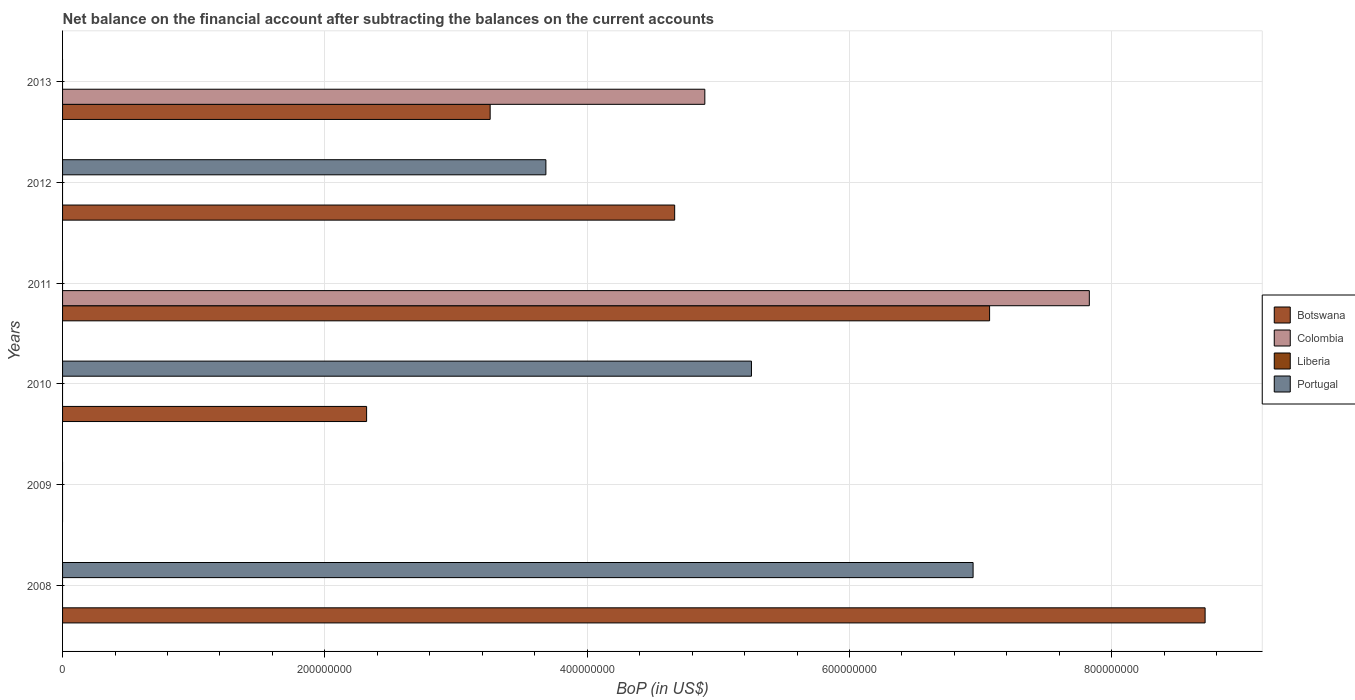
| Years | Botswana | Colombia | Liberia | Portugal |
 | --- | --- | --- | --- | --- |
 | 2008 | 8.71e+08 | -4.71e+08 | -4.27e+07 | 6.94e+08 |
 | 2009 | -5.59e+08 | -4.15e+08 | -2.88e+08 | -1.9e+08 |
 | 2010 | 2.32e+08 | -6.25e+08 | -1.06e+08 | 5.25e+08 |
 | 2011 | 7.07e+08 | 7.83e+08 | -2.68e+07 | -4.06e+08 |
 | 2012 | 4.67e+08 | -5.27e+08 | -3.41e+08 | 3.69e+08 |
 | 2013 | 3.26e+08 | 4.9e+08 | -2.96e+08 | -6.3e+08 |